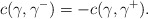
\begin{align*} c(\gamma,\gamma^-)=-c(\gamma,\gamma^+).\end{align*}